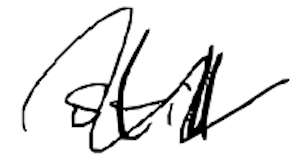
Text: still
Cross-out: wave
Writing tool: digital_black